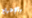
بالإحراج